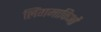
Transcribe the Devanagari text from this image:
लिंगमाकिओं